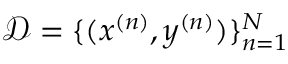
\mathscr { D } = \{ ( { \boldsymbol { x } } ^ { ( n ) } , y ^ { ( n ) } ) \} _ { n = 1 } ^ { N }